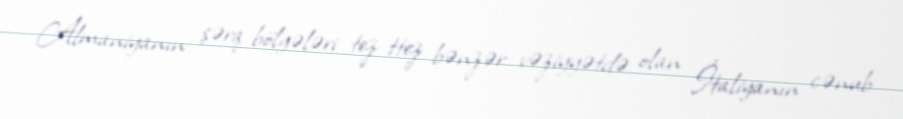
Almaniyanın şərq bölgələri tez-ttez bənzər vəziyyətdə olan İtaliyanın cənub